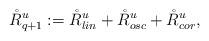
LaTeX: \begin{align*}\mathring{R}_{q+1}^u := \mathring{R}_{lin}^u + \mathring{R}_{osc}^u+ \mathring{R}_{cor}^u,\end{align*}